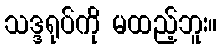
သဒ္ဒရုပ်ကို မထည့်ဘူး။